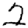
Digit: 2